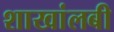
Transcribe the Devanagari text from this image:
शाखांलबी